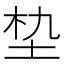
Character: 𮰝